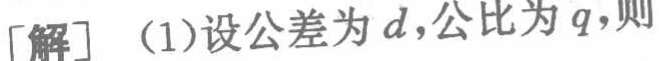
[解] (1)设公差为\(d\)，公比为\(q\)，则